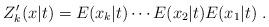
LaTeX: \begin{align*}Z_{k}^{\prime }(x|t)=E(x_{k}|t)\cdots E(x_{2}|t)E(x_{1}|t)\;. \end{align*}